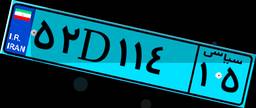
۰۴D۸۸۴۳۷